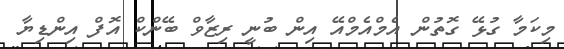
މިކަމާ ގުޅޭ ގޮތުން އެމްއެމްއޭ އިން ބުނީ ރިޒާވް ބޭންކް އޮފް އިންޑިޔާ